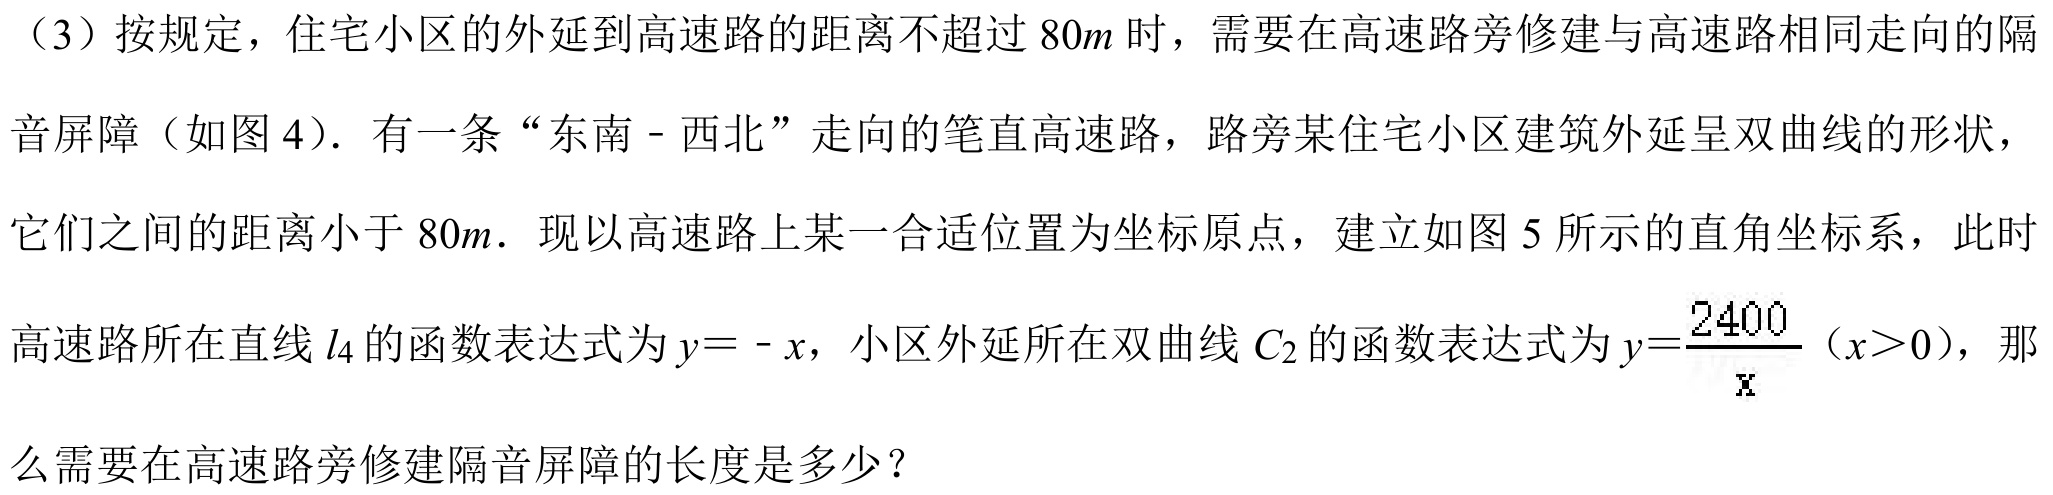
（3）按规定，住宅小区的外延到高速路的距离不超过\(80m\)时，需要在高速路旁修建与高速路相同走向的隔音屏障（如图4）. 有一条“东南 - 西北”走向的笔直高速路，路旁某住宅小区建筑外延呈双曲线的形状，它们之间的距离小于\(80m\). 现以高速路上某一合适位置为坐标原点，建立如图5所示的直角坐标系，此时高速路所在直线\(l_{4}\)的函数表达式为\(y = -x\)，小区外延所在双曲线\(C_{2}\)的函数表达式为\(y=\frac{2400}{x}\)（\(x>0\)），那么需要在高速路旁修建隔音屏障的长度是多少？